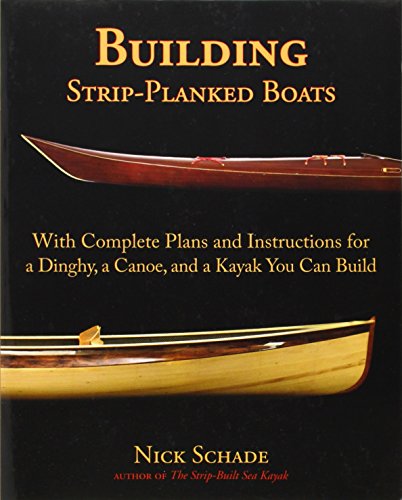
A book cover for Building Strip-Planked Boats; Nick Schade; Engineering & Transportation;